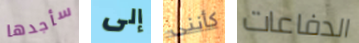
سأجدها إلى كأننى الدفاعات